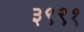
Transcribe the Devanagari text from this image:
३९९१